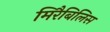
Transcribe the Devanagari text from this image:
मिरैबिलिस